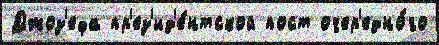
Джоз'ефа пр'ез'ид'е́нтской пост очер'едно́го